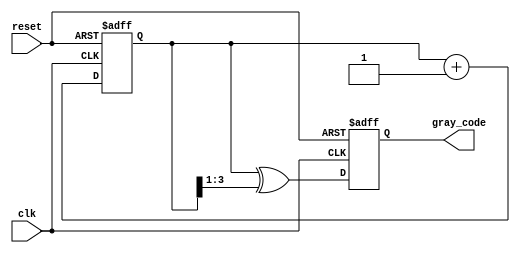
module gray_code_counter #(
    parameter n = 4  // Default width of the counter
)(
    input wire clk,            // Clock input
    input wire reset,          // Asynchronous reset
    output reg [n-1:0] gray_code  // n-bit Gray Code output
);

reg [n-1:0] binary_counter;  // n-bit binary counter

// Always block for synchronous operation
always @(posedge clk or posedge reset) begin
    if (reset) begin
        // Initialize both binary counter and Gray code output to 0
        binary_counter <= {n{1'b0}};
        gray_code <= {n{1'b0}};
    end else begin
        // Increment the binary counter
        binary_counter <= binary_counter + 1;
        // Convert binary to Gray code
        gray_code <= binary_counter ^ (binary_counter >> 1);
    end
end

endmodule